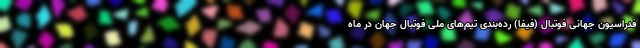
فدراسیون جهانی فوتبال (فیفا) رده‌بندی تیم‌های ملی فوتبال جهان در ماه